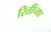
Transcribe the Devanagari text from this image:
रितींच्या